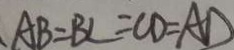
A B = B C = C D = A D